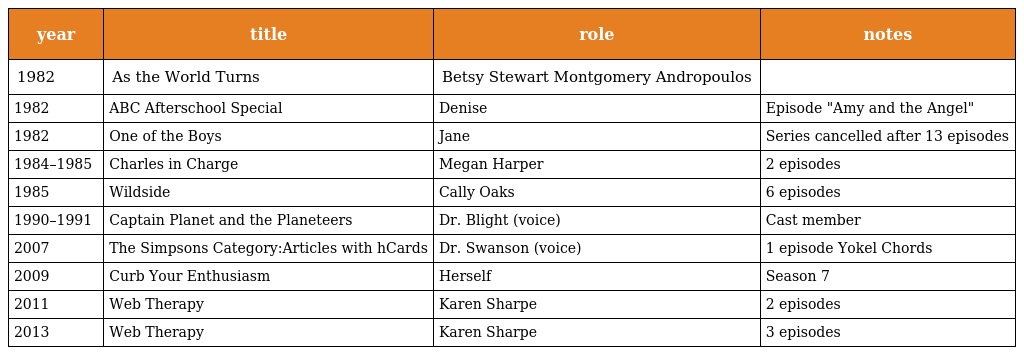
| year | title | role | notes |
 | --- | --- | --- | --- |
 | 1982 | As the World Turns | Betsy Stewart Montgomery Andropoulos |  |
 | 1982 | ABC Afterschool Special | Denise | Episode "Amy and the Angel" |
 | 1982 | One of the Boys | Jane | Series cancelled after 13 episodes |
 | 1984–1985 | Charles in Charge | Megan Harper | 2 episodes |
 | 1985 | Wildside | Cally Oaks | 6 episodes |
 | 1990–1991 | Captain Planet and the Planeteers | Dr. Blight (voice) | Cast member |
 | 2007 | The Simpsons Category:Articles with hCards | Dr. Swanson (voice) | 1 episode Yokel Chords |
 | 2009 | Curb Your Enthusiasm | Herself | Season 7 |
 | 2011 | Web Therapy | Karen Sharpe | 2 episodes |
 | 2013 | Web Therapy | Karen Sharpe | 3 episodes |